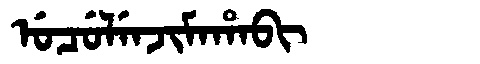
Manchu: ᡠᠴᡠᠯᡝᠨᠵᡳᠮᠠᡥᠠᠪᡳ
Romanization: UCULENJIMAHABI